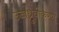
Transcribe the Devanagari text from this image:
उच्चध्रुवीकरण